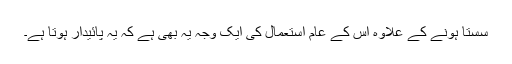
سستا ہونے کے علاوہ اس کے عام استعمال کی ایک وجہ یہ بھی ہے کہ یہ پائیدار ہوتا ہے۔